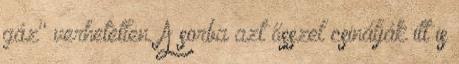
gáz" verhetetlen. A sorba azt ősszel csinálják itt is